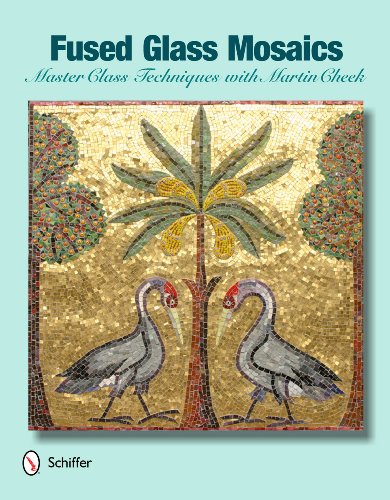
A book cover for Fused Glass Mosaics: Master Class Techniques With Martin Cheek; Martin Cheek; Crafts, Hobbies & Home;